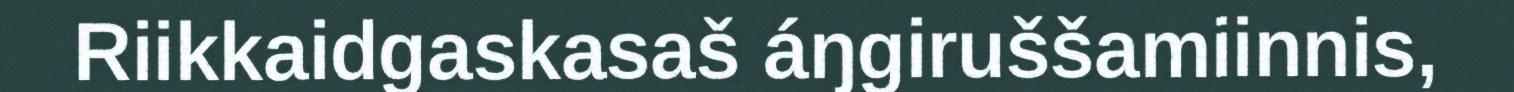
Riikkaidgaskasaš áŋgiruššamiinnis,